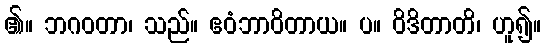
၏။ ဘဂဝတာ၊ သည်။ ဧဝံဘာဝိတာယ။ ပ။ ဝိဒိတာတိ၊ ဟူ၍။